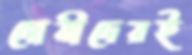
দোষীদেরই